Civil Veterinary Dept. Bombay admin report 1907-1913 - 1907-1913
Year: 1907
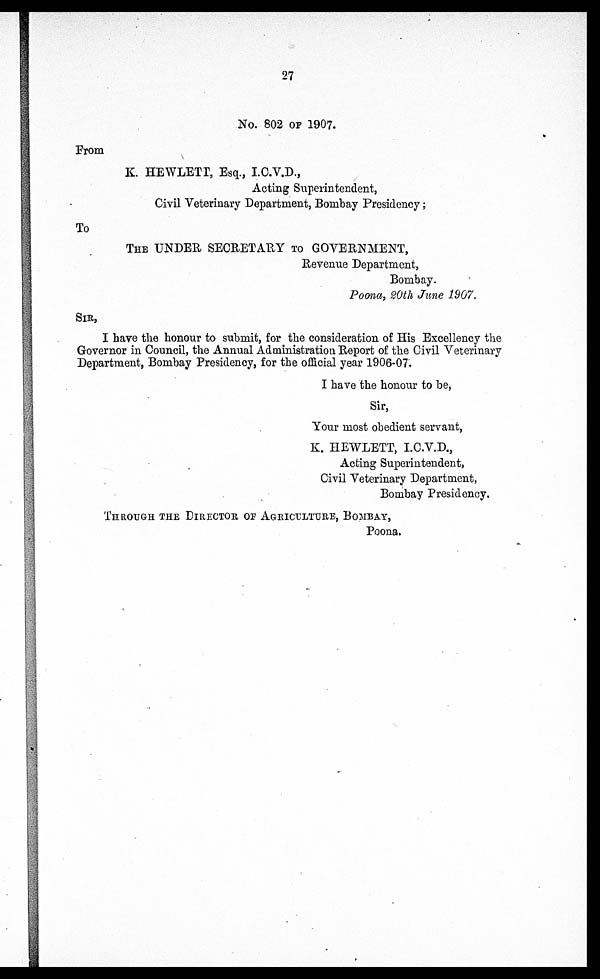
27
No. 802 OF 1907.
From
K. HEWLETT, Esq., I.C.V.D.,
Acting Superintendent,
Civil Veterinary Department, Bombay Presidency;
To
THE UNDER SECRETARY TO GOVERNMENT,
Revenue Department,
Bombay.
Poona, 20th June 1907.
SIR,
I have the honour to submit, for the consideration of His Excellency the
Governor in Council, the Annual Administration Report of the Civil Veterinary
Department, Bombay Presidency, for the official year 1906-07.
I have the honour to be,
Sir,
Your most obedient servant,
K. HEWLETT, I.C.V.D.,
Acting Superintendent,
Civil Veterinary Department,
Bombay Presidency.
THROUGH THE DIRECTOR OF AGRICULTURE, BOMBAY,
Poona.